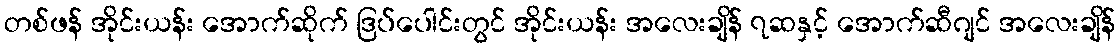
တစ်ဖန် အိုင်းယန်း အောက်ဆိုက် ဒြပ်ပေါင်းတွင် အိုင်းယန်း အလေးချိန် ၇ဆနှင့် အောက်ဆီဂျင် အလေးချိန်